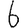
Digit: 6